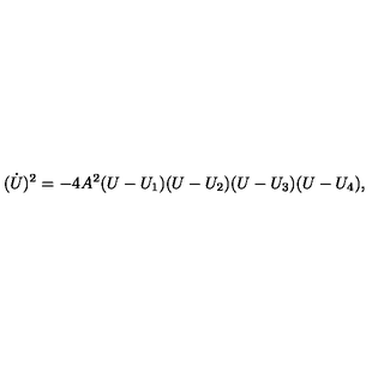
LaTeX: ( \dot { U } ) ^ { 2 } = - 4 A ^ { 2 } ( U - U _ { 1 } ) ( U - U _ { 2 } ) ( U - U _ { 3 } ) ( U - U _ { 4 } ) ,